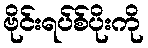
ဗိုင်းရပ်စ်ပိုးကို